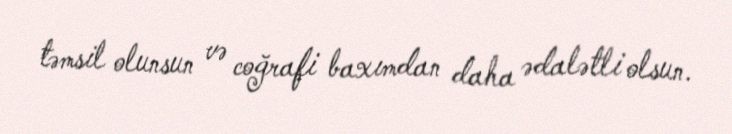
təmsil olunsun və coğrafi baxımdan daha ədalətli olsun.